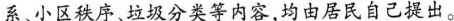
系、小区秩序、垃圾分类等内容，均由居民自己提出。